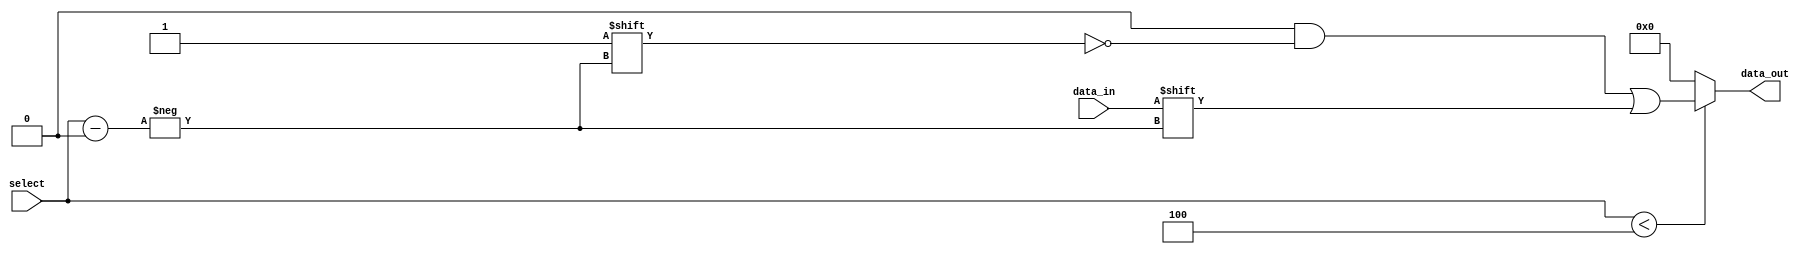
module parameterized_demux #(
    parameter N = 4 // Default number of output lines
)(
    input wire data_in,                // Input data line
    input wire [$clog2(N)-1:0] select, // Control input to select output line
    output reg [N-1:0] data_out        // Output data lines
);

    // Combinational logic to route data_in to the selected output
    always @(*) begin
        // Default all outputs to 0
        data_out = {N{1'b0}};
        
        // Check if select is within valid range
        if (select < N) begin
            data_out[select] = data_in; // Route data_in to the selected output
        end
    end

endmodule